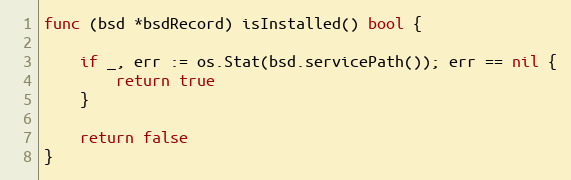
Language: Go
func (bsd *bsdRecord) isInstalled() bool {

	if _, err := os.Stat(bsd.servicePath()); err == nil {
		return true
	}

	return false
}